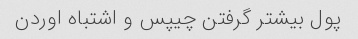
پول بیشتر گرفتن چیپس و اشتباه اوردن